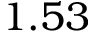
1 . 5 3